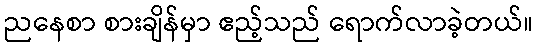
ညနေစာ စားချိန်မှာ ဧည့်သည် ရောက်လာခဲ့တယ်။